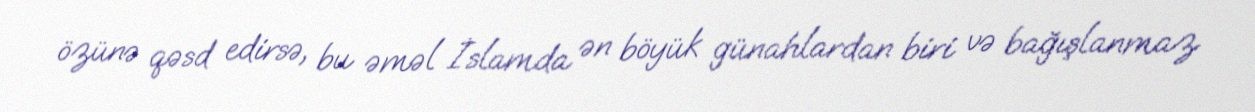
özünə qəsd edirsə, bu əməl İslamda ən böyük günahlardan biri və bağışlanmaz